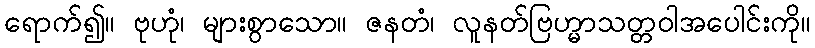
ရောက်၍။ ဗုဟုံ၊ များစွာသော။ ဇနတံ၊ လူနတ်ဗြဟ္မာသတ္တဝါအပေါင်းကို။